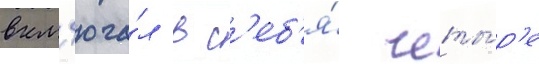
вкл'юча́л в с'еб'я́ четы́р'е